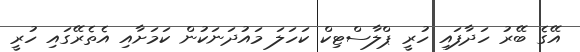
އޭގެ ބޭރު ހަދާފައި ހުރީ ޕްލާސްޓިކް ކަހަލަ މައުދަނަކުން ކަމަށާއި އެތެރޭގައި ހުރީ